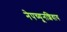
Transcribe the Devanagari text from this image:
नेपच्यूनशिवाय